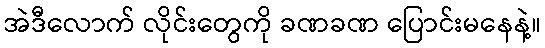
အဲဒီလောက် လိုင်းတွေကို ခဏခဏ ပြောင်းမနေနဲ့။